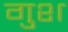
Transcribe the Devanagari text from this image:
गुश